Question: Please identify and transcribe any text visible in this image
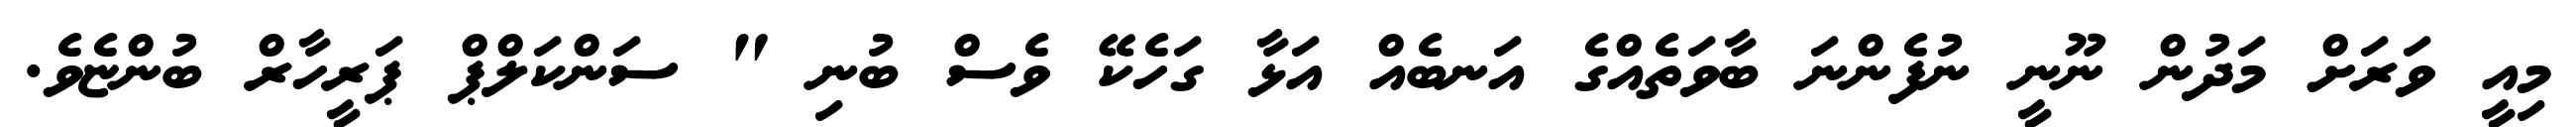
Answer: މިއީ ވަރަށް މަދުން ނޫނީ ނުފެންނަ ބާވަތެއްގެ އަނބެއް އަޅާ ގަހެކޭ ވެސް ބުނި " ސަންކަލްޕް ޕަރީހާރް ބުންޏެވެ.